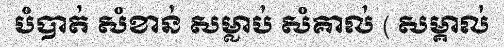
បំបាត់ សំខាន់ សម្លាប់ សំគាល់ ( សម្គាល់